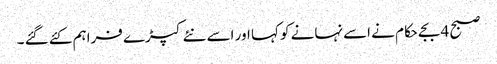
صبح 4 بجے حکام نے اسے نہانے کو کہا اور اسے نئے کپڑے فراہم کئے گئے ۔